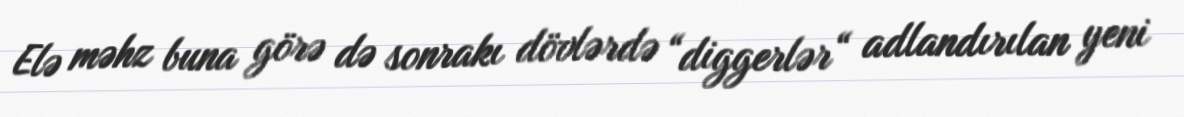
Elə məhz buna görə də sonrakı dövlərdə “diggerlər“ adlandırılan yeni